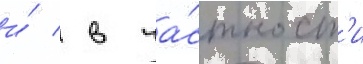
и́ / в ча́стност'и